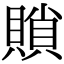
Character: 䞆